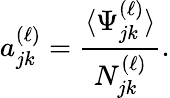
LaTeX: a_{jk}^{(\ell)}=\frac{\langle\Psi_{jk}^{(\ell)}\rangle}{N_{jk}^{(\ell)}}.